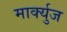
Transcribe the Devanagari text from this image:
मार्क्युज